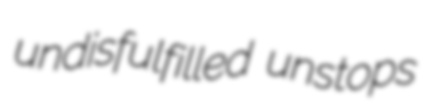
undisfulfilled unstops